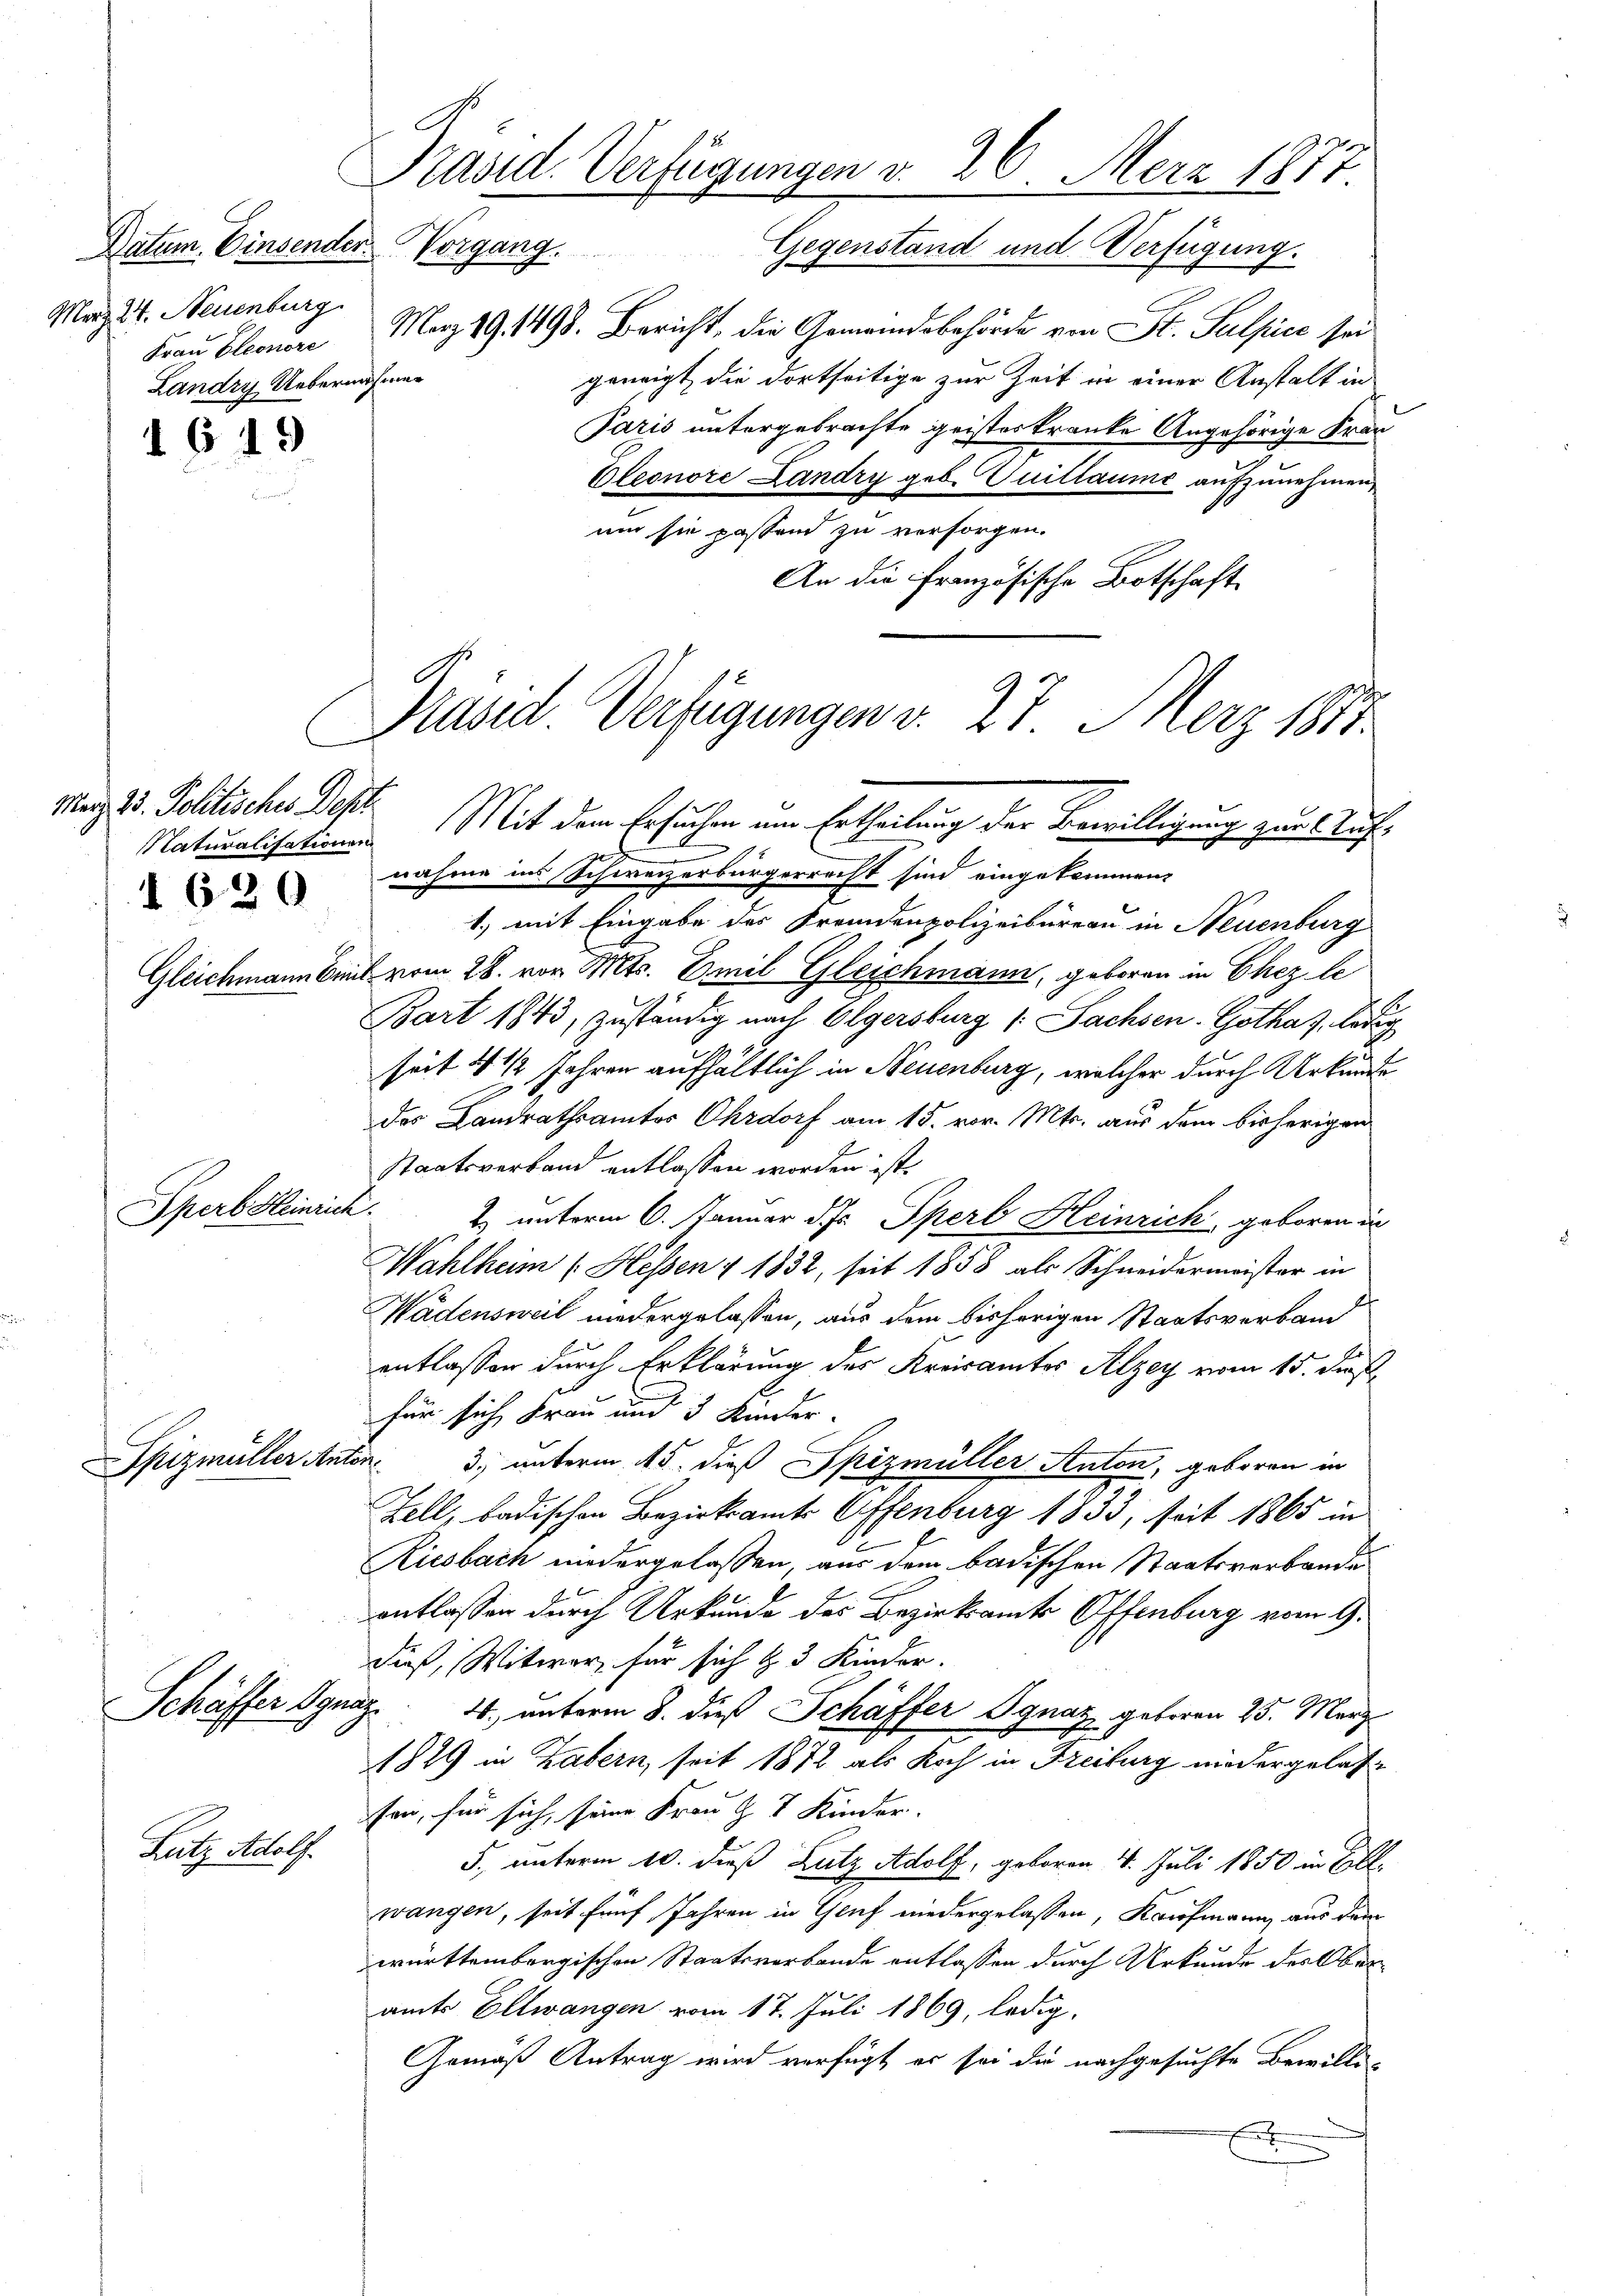
Datum. Einsender Vorgang.
Merz 24. Neuenburg.
Frau Eleonore
Landry Uebernahmen

619

Marz. 23. Politisches Dept.
1620

Gleichmann Eini

Sperb. Heinrich

pizmüller Anze

Schäffer ge

Lutz Adolf.

u

März 191498. Bericht, die Gemeindsbehörde von St. Pulpice sei
geneigt, die dortseitige zur Zeit in einer Anstalt in
Paris untergebrachte geisteskranke Angehörige Fran¬
Oleonore Landry geb. Guillaume aufzunehmen,
um sie passend zu versorgen.
An die französische Botschaft
Naturalisations Mit dem Ersuchen um Ertheilung der Bewilligung zur Aufnahme ins Schweizerbürgerrecht sind eingekommen,
1., mit Eingabe des Fremdenpolizeibureau in Neuenburg
 vom 28. von Mts. Emil Gleichmann, geboren in Chez le
Bart 1843, zuständig nach Olgersburg (Sachsen. Gothaf. ledig
seit 4 1/2 Jahren aufhältlich in Neuenburg, welcher durch Urkunde
des Landrathsamtes Ohrdorf am 15. vor. Mts. aus dem bisherigen
Staatsverband entlassen worden ist.
5
2. unterm 6. Januar d. J. Sperl Heinrich geboren in
Wahlheim ( Hessen I 1832, seit 1858 als Schneidermeister in
Wädensweil niedergelassen, aus dem bisherigen Staatsverband
entlassen durch Erklärung des Kreisamtes Alzey vom 15. dies
für sich Frau und 3 Kinder-
h
3) unterm 15. dieß Spizmüller Anton, geboren in
Zell, badischen Bezirksamts Offenburg 1833, seit 1865 in
Riesbach niedergelassen, aus dem badischen Staatsverbande
entlassen durch Urkunde des Bezirksamts Offenburg vom 9.
dieß, Witwer, für sich & 3 Kinder.
ich
4. unterm 8. dieß Schäffer Ignaz geboren 25. März
1849 in Habern, seit 1872 als Koch in Freiburg niedergelassen, für sich, seine Frau Z V Kinder.
5, unterm 10. dieß Lutz Adolf, geboren 4. Juli 1850 in Bell
wangen, seit fünf Jahren in Genf niedergelassen, Kaufmann aus dem
württembergischen Staatsverbande entlassen durch Urkunde des Oberamts Ellwangen vom 17. Juli 1869, ledig,
Gemäß Antrag wird verfügt er sei die nachgesuchte Bewilli¬
E

Präsid. Verfügungen d. 26. Merz 1877.
Gegenstand und Verfügung.

Präsid. Verfügungen d. 27. März 1857.